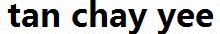
TAN CHAY YEE